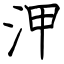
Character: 㳌